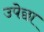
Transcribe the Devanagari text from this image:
उपेछा